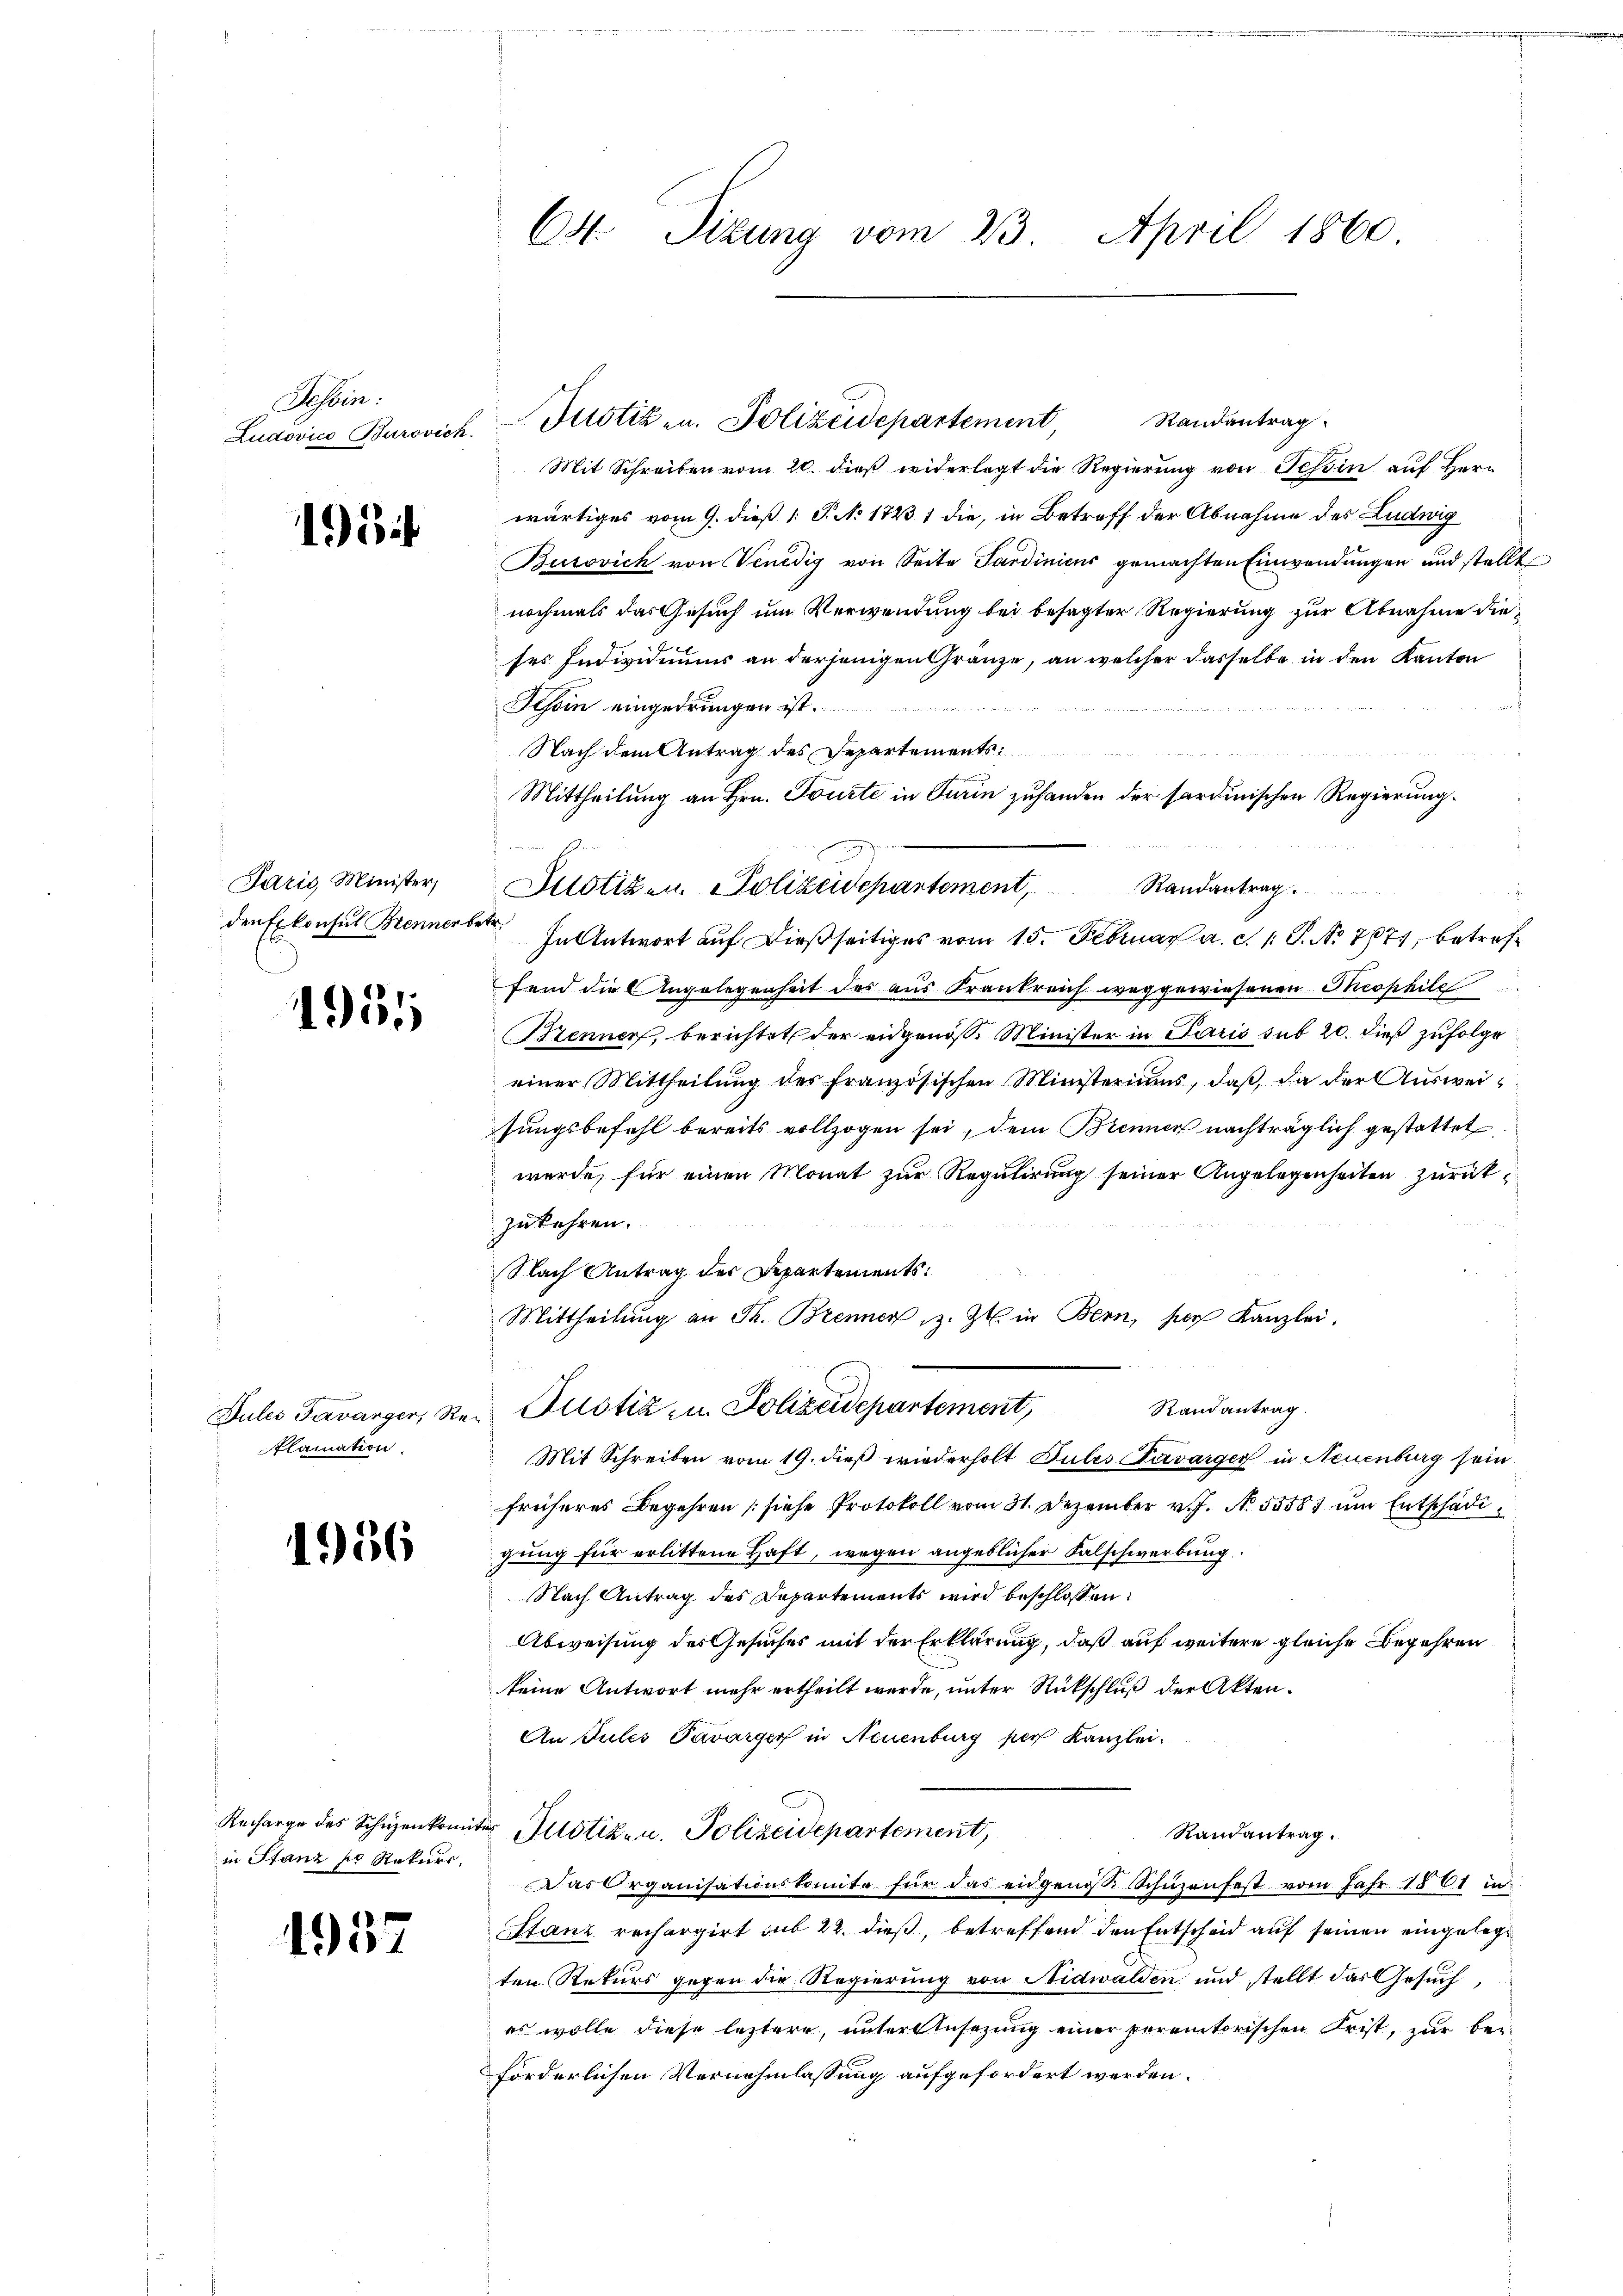
Tessin:
Ludovico Burovick.

193

Paris Minister,
den Exkonsul Brenner be

1951

Dules Favarger, Re
klamation.

1956

Recharge des Schüzenkomiin Stanz so Rekurr

1957

C4 Sizung vom 23. April 1860.

Randantrag
Mit Schreiben vom 20. dieß widerlegt die Regierung von Tessin auf Herr
wärtiges vom 9. dieß 1: P. N. 1823 1 die, in Betreff der Abnahme des Ludwig
Burovich von Venedig von Seite Sardinicus gemachten Einwendungen und stellt
nochmals das Gesuch um Verwendung bei besagter Regierung zur Abnahme dieses Individiums an derjenigen Gränze, an welcher dasselbe in den Kanton
Tessin eingedrungen ist.

Nach dem Antrag des Departements
Mittheilung an Hrn. Tourte in Turin zuhanden der sardinischen Regierung.
 In Antwort auf dießseitiges vom 15. Februar a. c. 1. P. No 7671, betreffend die Angelegenheit des aus Krankreich weggewiesenen Theophile
Bzenner, berichtet der eidgenöß. Minister in Paris sub 20. dieß zufolge
einer Mittheilŭng des französischen Ministeriums, daβ da der Aŭsweisungsbefehl bereits vollzogen sei, dem Brenner nachträglich gestattet
wurde, für einen Monat zur Regulirung seiner Angelegenheiten zurückzukehren.
Nach Antrag der Departements¬
Mittheilŭng an Th. Brenner z. Zt. in Bern, per Kanzlei.
Randantrag
Justiz- u. Polizeidepartement,
Mit Schreiben vom 19. dieß wiederholt Pules Savarger in Neuenburg sein
früheres Begehren [siehe Protokoll vom 31. Dezember v. J. N. 55587 um Entschädigung für erlittene Haft, wegen angeblicher Falschwerbung.
Nach Antrag des Departements wird beschlossen:
Abweisung der Gesuches mit der Erklärung, daß auf weitere gleiche Begehren
keine Antwort mehr ertheilt werde, unter Rückschluß der Akten.
An Tules Pavarger in Neuenburg per Kanzlei.
ter Justizen. Polizeidepartement,
Randantrag.
Das Organisationskomite für das eidgenoss. Schüzenfest vom Jahr 1861 in
Stanz rechargirt sub 22. dieß, betreffend den Entscheid auf seinen eingelege
ten Rekurs gegen die Regierung von Nidwalden und stellt das Gesuch,
es wolle diese leztere, unter Insezung einer peremtorischen Frist, zur bei
förderlichen Vernehmlassung aufgefordert werden.

Justiz- u. Polizeidepartement

Justizen Polizeidepartement, Randantrag.